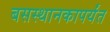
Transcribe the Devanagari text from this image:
बसस्थानकापर्यंत